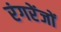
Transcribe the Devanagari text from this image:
रंगरेंजों